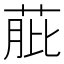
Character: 𦱔